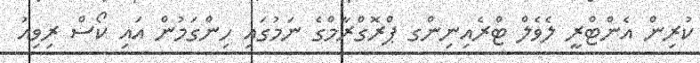
ކުރިން އެންޓްރީ ލެވެލް ޓްރެއިނިންގ ޕްރޮގްރާމްގެ ނަމުގައި ހިންގަމުން އައި ކޯސް ރިވިއު